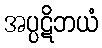
အပ္ပဋိဘယံ